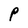
Character: P